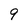
Character: 9